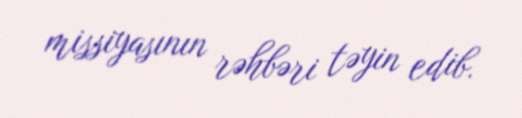
missiyasının rəhbəri təyin edib.